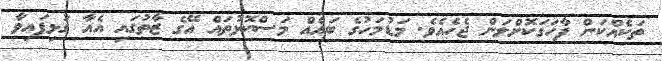
ތަކެއްކަން ފާހަގަކޮށްލަން ޖެހެއެވެ. މަޑުމަހުގެ ބައެއް މަސްކޮޅުތައް އޭގެ ޒާތުގައި އެއާ ގުޅިފައިވާ